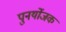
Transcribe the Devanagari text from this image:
पुनर्योजक